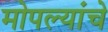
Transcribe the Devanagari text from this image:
मोपल्यांचे